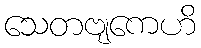
သေတဗျကေဟိ